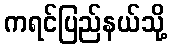
ကရင်ပြည်နယ်သို့